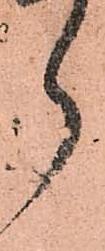
ら